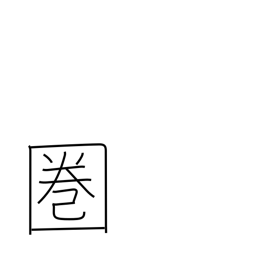
Meaning: range